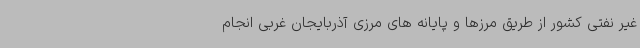
غیر نفتی کشور از طریق مرزها و پایانه های مرزی آذربایجان غربی انجام